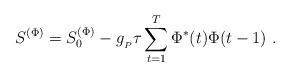
LaTeX: \begin{align*}S^{(\Phi)} = S_0^{(\Phi)} - g_{_P}\tau\sum_{t=1}^T\Phi^*(t)\Phi(t-1)\ .\end{align*}